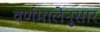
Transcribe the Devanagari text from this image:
वर्णमालेनुसार